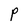
Character: P